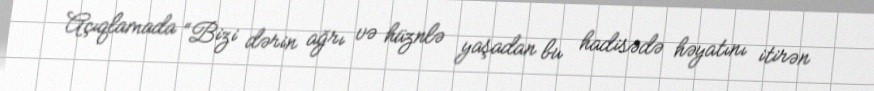
Açıqlamada “Bizi dərin ağrı və hüznlə yaşadan bu hadisədə həyatını itirən